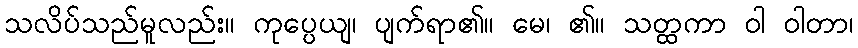
သလိပ်သည်မူလည်း။ ကုပ္ပေယျ၊ ပျက်ရာ၏။ မေ၊ ၏။ သတ္ထကာ ဝါ ဝါတာ၊